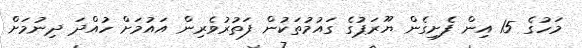
މަހުގެ 15 އިން ފެށިގެން ޔޫރަޕުގެ ގައުމުތަކުން ފަތުރުވެރިން އައުމަށް ހުއްދަ ދިނުމަށް